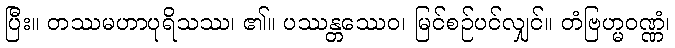
ပြီး။ တဿမဟာပုရိသဿ၊ ၏။ ပဿန္တဿေဝ၊ မြင်စဉ်ပင်လျှင်။ တံဗြဟ္မဝဏ္ဏံ၊